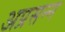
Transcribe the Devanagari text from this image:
अप्रसन्‍न